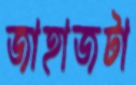
জাহাজটা